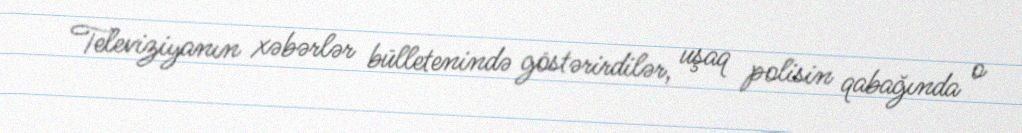
Televiziyanın xəbərlər bülletenində göstərirdilər, uşaq polisin qabağında o